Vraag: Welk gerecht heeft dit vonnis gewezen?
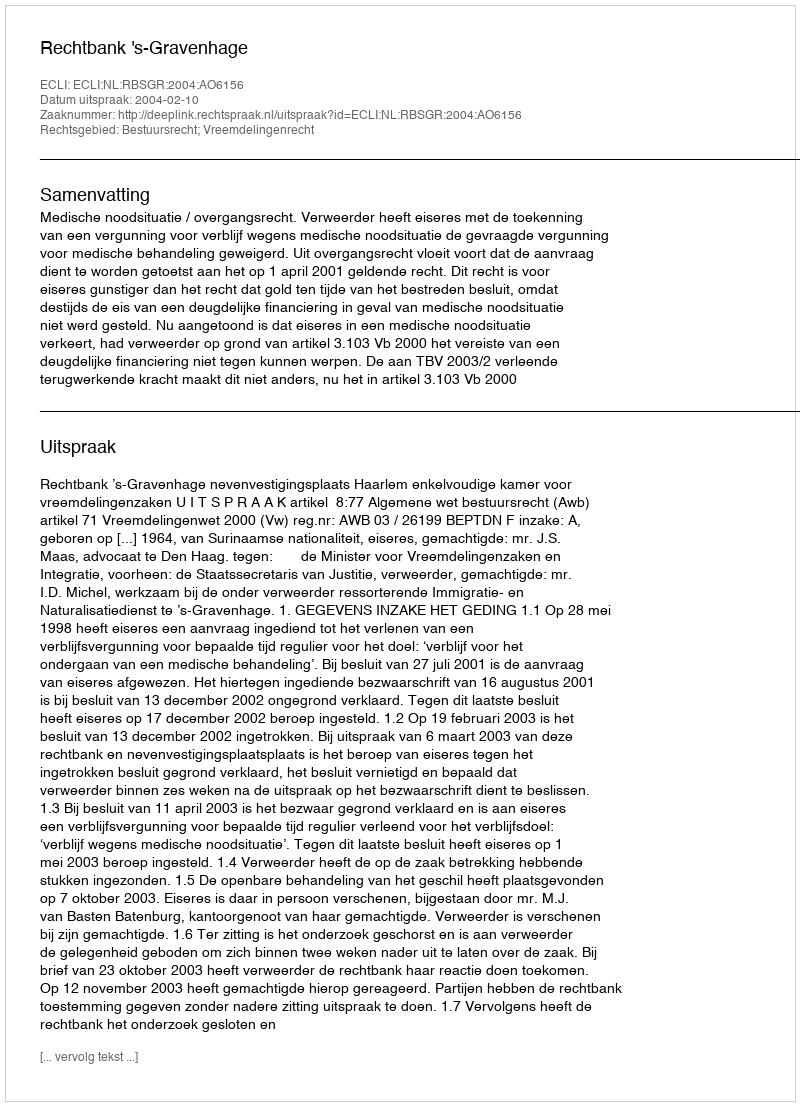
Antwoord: Rechtbank 's-Gravenhage